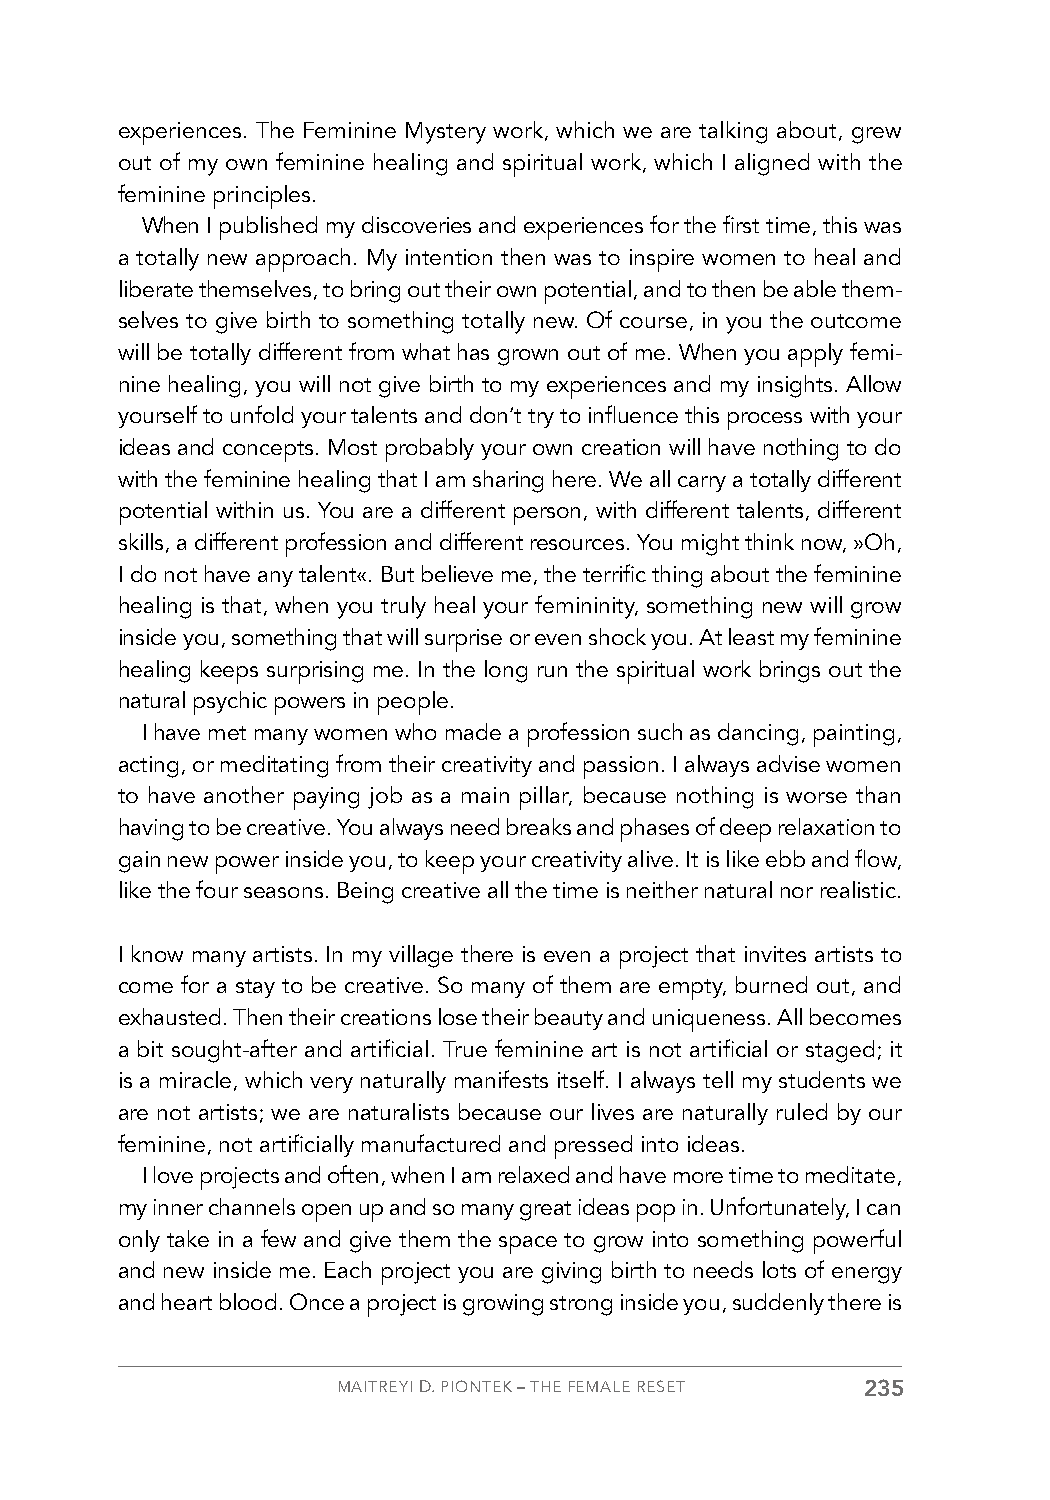
experiences. The Feminine Mystery work, which we are talking about, grew
 out of my own feminine healing and spiritual work, which I aligned with the
 feminine principles.
 When I published my discoveries and experiences for the first time, this was
 a totally new approach. My intention then was to inspire women to heal and
 liberate themselves, to bring out their own potential, and to then be able them-
 selves to give birth to something totally new. Of course, in you the outcome
 will be totally different from what has grown out of me. When you apply femi-
 nine healing, you will not give birth to my experiences and my insights. Allow
 yourself to unfold your talents and don’t try to influence this process with your
 ideas and concepts. Most probably your own creation will have nothing to do
 with the feminine healing that I am sharing here. We all carry a totally different
 potential within us. You are a different person, with different talents, different
 skills, a different profession and different resources. You might think now, »Oh,
 I do not have any talent«. But believe me, the terrific thing about the feminine
 healing is that, when you truly heal your femininity, something new will grow
 inside you, something that will surprise or even shock you. At least my feminine
 healing keeps surprising me. In the long run the spiritual work brings out the
 natural psychic powers in people.
 I have met many women who made a profession such as dancing, painting,
 acting, or meditating from their creativity and passion. I always advise women
 to have another paying job as a main pillar, because nothing is worse than
 having to be creative. You always need breaks and phases of deep relaxation to
 gain new power inside you, to keep your creativity alive. It is like ebb and flow,
 like the four seasons. Being creative all the time is neither natural nor realistic.
 I know many artists. In my village there is even a project that invites artists to
 come for a stay to be creative. So many of them are empty, burned out, and
 exhausted. Then their creations lose their beauty and uniqueness. All becomes
 a bit sought-after and artificial. True feminine art is not artificial or staged; it
 is a miracle, which very naturally manifests itself. I always tell my students we
 are not artists; we are naturalists because our lives are naturally ruled by our
 feminine, not artificially manufactured and pressed into ideas.
 I love projects and often, when I am relaxed and have more time to meditate,
 my inner channels open up and so many great ideas pop in. Unfortunately, I can
 only take in a few and give them the space to grow into something powerful
 and new inside me. Each project you are giving birth to needs lots of energy
 and heart blood. Once a project is growing strong inside you, suddenly there is
 MAITREYI D. PIONTEK – THE FEMALE RESET 235